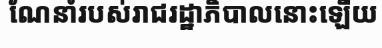
ណែនាំរបស់រាជរដ្ឋាភិបាលនោះឡើយ